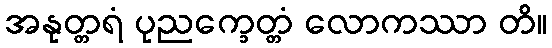
အနုတ္တရံ ပုညက္ခေတ္တံ လောကဿာ တိ။